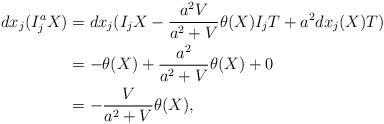
LaTeX: \begin{align*}dx_j(I_j^aX)&=dx_j(I_jX-\frac{a^2V}{a^2+V}\theta(X)I_jT+a^2dx_j(X)T)\\ &=-\theta(X)+\frac{a^2}{a^2+V}\theta(X)+0\\ &=-\frac{V}{a^2+V}\theta(X),\end{align*}